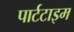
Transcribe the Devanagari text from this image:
पार्टटाइम